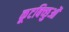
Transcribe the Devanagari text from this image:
कूटबिच्छुओं